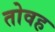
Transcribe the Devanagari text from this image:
तोवह